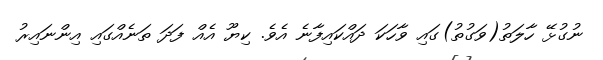
ނުގުޅޭ ހާލަތު(ވަގުތު)ގައި ވާހަކަ ދައްކައިފާނެ އެވެ. ކިޔޫ އެއް ފަދަ ތަނެއްގައި އިންނައިރު